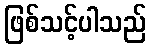
ဖြစ်သင့်ပါသည်